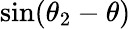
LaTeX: \mathrm{sin}(\theta_{2}-\theta)